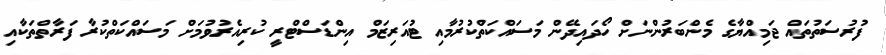
ފުރުސަތުތައް ޖަމިއްޔާގެ މެންބަރުންނަށް ހޯދަައިދޭން މަސައްކަތްކުރުމާއި ޓުއަރިޒަމް އިންޑަސްޓްރީ ކުރިއެރުވުމަށް މަސައްކަތްކުރާ ފަރާތްތަކާއި